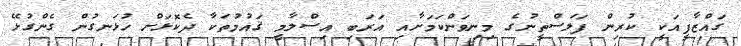
ގައްޒާފީއަކީ ކުރިން ފަލަސްތީނުގެ މިނިވަންކަމަށާއި އަރަބި އިސްލާމީ ޤައުމުތަކާ ދެކޮޅަށް ހުޅަނގުން ގެންގުޅޭ